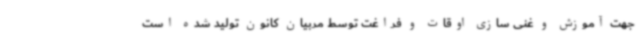
جهت آموزش و غنی سازی اوقات و فراغت توسط مربیان کانون تولید شده است